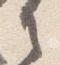
言